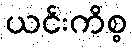
ယင်းကိစ္စ